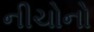
નીચોનો